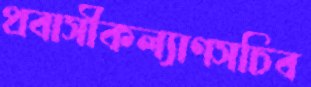
প্রবাসীকল্যাণসচিব